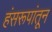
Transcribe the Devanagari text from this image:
हंसरूपांतून